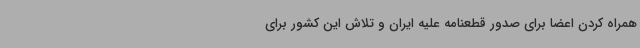
همراه کردن اعضا برای صدور قطعنامه علیه ایران و تلاش این کشور برای